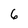
Character: 6